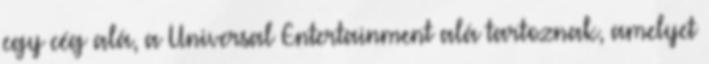
egy cég alá, a Universal Entertainment alá tartoznak, amelyet